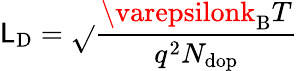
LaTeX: \mathsf{L}_{\mathrm{{{D}}}}={\sqrt{}{{\frac{{\varepsilonk_{\mathrm{{{B}}}}T}}{{q^{2}N_{\mathrm{{{dop}}}}}}}}}